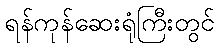
ရန်ကုန်ဆေးရုံကြီးတွင်